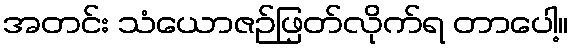
အတင်း သံယောဇဉ်ဖြတ်လိုက်ရ တာပေါ့။